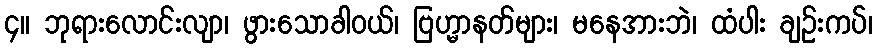
၄။ ဘုရားလောင်းလျာ၊ ဖွားသောခါဝယ်၊ ဗြဟ္မာနတ်များ၊ မနေအားဘဲ၊ ထံပါး ချဉ်းကပ်၊